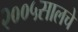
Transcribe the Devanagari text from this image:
२००५सालचे